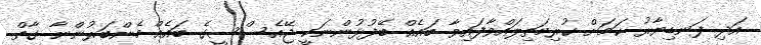
އަދި ފަނޑިޔާރު ކަމަށް ކުރިމަތިލައްވާފައިވާ ބައެއް ބޭފުޅުންނަކީ ޖޭއެސްސީގެ ބައެއް މެންބަރުންނާ ގާތް